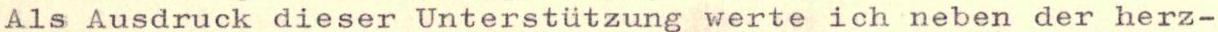
Als Ausdruck dieser Unterstützung werte ich neben der herz-